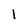
Character: 1